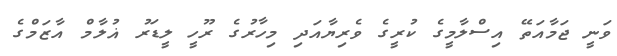
ވަނީ ޖަމާއަތޭ އިސްލާމީގެ ކުރީގެ ވެރިޔާއަދި މިހާރުގެ ރޫހީ ލީޑަރު ޣުލާމް އާޒަމްގެ